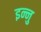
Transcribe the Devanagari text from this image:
इन्नु